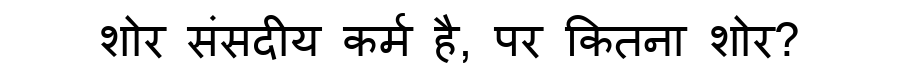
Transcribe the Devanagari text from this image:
शोर संसदीय कर्म है, पर कितना शोर?